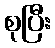
စုပြီး